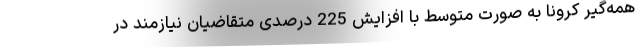
همه‌گیر کرونا به صورت متوسط با افزایش 225 درصدی متقاضیان نیازمند در